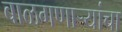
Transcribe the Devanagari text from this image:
बाळगणाऱ्यांचा